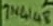
Text: 1N4148